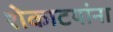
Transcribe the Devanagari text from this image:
शेकाटयांना